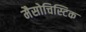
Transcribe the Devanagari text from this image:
मैसोचिस्टिक